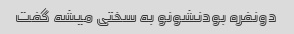
دونفره بودنشونو به سختی میشه گفت